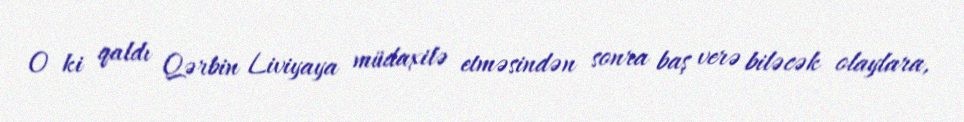
O ki qaldı Qərbin Liviyaya müdaxilə etməsindən sonra baş verə biləcək olaylara,